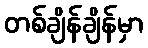
တစ်ချိန်ချိန်မှာ